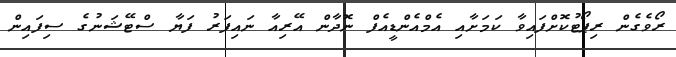
ރޯވެގެން ރިޕޯޓުކޮށްފައިވާ ކަމަށާއި އެމްއެންޑީއެފް ނޮދާން އޭރިއާ ނައިފަރު ފަޔާ ސްޓޭޝަނުގެ ސިފައިން